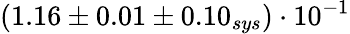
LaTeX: (1.16\pm 0.01\pm 0.10_{sys})\cdot 10^{-1}